Memorandum on the prevention of leprosy by segregation of the affected
Disease focus: Leprosy
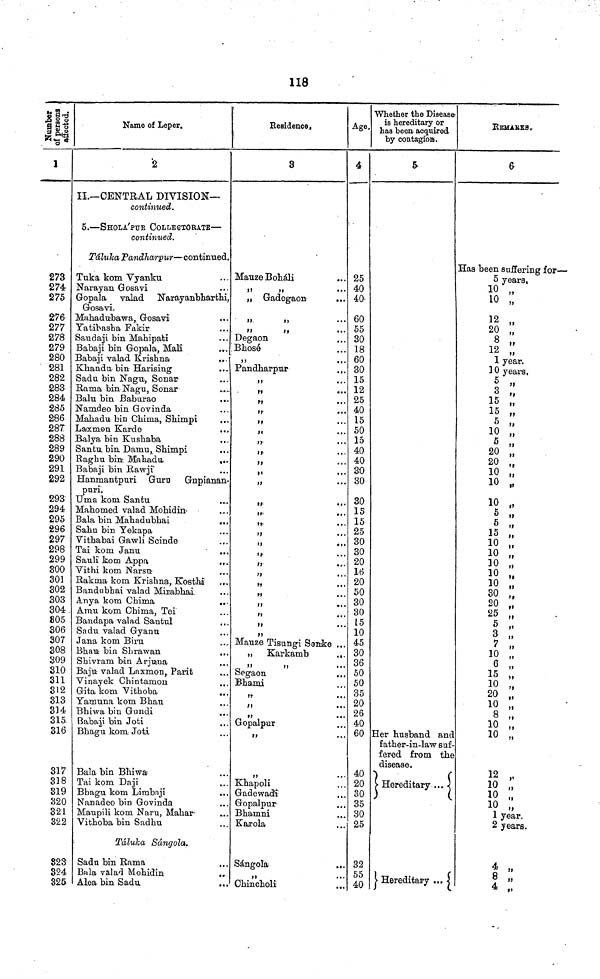
118
1
273
274
275
276
277
278
279
280
281
282
283
284
285
286
287
288
289
290
291
292
293
294
295
296
297
298
299
800
301
302
303
304
805
306
307
308
309
310
311
312
313
314
315.
316
317
318
319
320
321
322
323
324
325
Name of Leper.
2
II.—CENTRAL DIVISION—
continued.
5.—SHOLA'PUR COLLEGTORATE—
continued.
Táluha
Pandharpur—continued.
Tuka kom Yyanku
Narayan Gosavi
Gopala
valad
Narayanbharthi,
Gosavi.
Mahadubawa, Gosavi
Yatibasha Fakir
Saudaji bin Mahipati
Babaji bin Gopala, Mali
Babaji valad Krishna
Khandu bin Harising
Sadu bin Nagu, Sonar
Rama binNagu, Sonar
Balu bin Baburao
Namdeo bin Govinda
Mahadu bin Chima, Shimpi
Laxmon Karde
Ralya bin Kushaba
Santu bin Damu, Shimpi
Raghu bin. Mahadu
...
Babaji bin Rawji
Hanmantpnri Guru
Gnpianan-
puri.
Urna kom Santu
Mahomed valad Mohidin-
Bala bin Mahadubhai
...
Sahu bin Tekapa
Yithabai Gawli Scinde
Tai kom Janu
...
Sauli kom Appa
,,.
Yithi kom Narsu
Rakma kom Krishna, Kosthi"
...
Bandnbhai valad Mirabhai
Anya kom Chima
...
Amu kom Chima, Tei
Bandapa valad Santul
Sadu valad Gyanu
Jana kom Biru
Bhau bin Shrawan
Shivram bin Arjuna
Baju valad Laxmon, Parit
Yinayek Chintamon
Gita kom Yithoba
Yamuna kom Bhau
Bhiwa bin Gundi
Babaji bin Joti
Bhagu kom Joti
Bala bin Bhiwa
Tai kom Daji
Bhagu kom Limbnji
Nanadeo bin Govinda
Maupili kom Naru, Maharaaa-
Vithoba bin Sadhu
Táluha Sángola.
Sadu bin Rama
Bala valad Mohidin
..
Alea bin Sadu
Residence,
!
8
MauzeBoháli
Gadegaon
Degaon
Bhosó
Pandharpur
II
...
)l
...
»»
II
II
...
II
...
II
».
•
II
Mauze Tisungi Seirke ...
Karkamb
...
Segaon
Bhami
Gopalpur
Khapoli
Gadewadi
Gopalpur
Bhamni
Karola
Sángola
Chincholii
Age.
4
25
40
40-
60
55
30
18
60
30
15
12
25
40
15
50
15
40
40
30
30
30
15
15
25
30
30
20
16
20
50
30
30
15
10
45
30
36
50
50
35
20
26
40
60
40
20
30
35
30
25
32
55
40
Whether the Disease'
is hereditary or
has been- acquired
by contagion.
&
Her husband and
father-in-law suf-
fered from the
disease.
Hereditary ...
Hereditary ...
REMARKS,
6
Has been suffering for—
5 years,
10 ,,
10 „
12 „
20
8 „
12 „
1 year.
10 years,
5 „
3 ,
15 ,,
15 „
5 „
10 „
5 „
20 „
20 „
10 „
10 „
10
5
15 „
10 „
10 „
10 „
10 ..
10
30
20
25 „
5
V
3 „
7 „
10 „
6 „
15 „
10 „
20
10
8 „
10 „
10 „
12 „
10 ,
10 ,
10
1 year.
2 years.
4 ,,
8 "
4 „